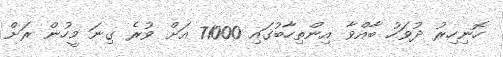
ހޮނިހިރު ދުވަހު ބާއްވާ އިންތިހާބުގައި 71000 އަށް ވުރެ ގިނަ މީހުން ރަށް